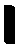
၊